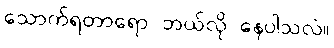
သောက်ရတာရော ဘယ်လို နေပါသလဲ။